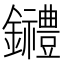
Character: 𨰋